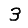
Digit: 3